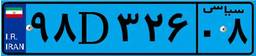
۰۳D۳۸۵۶۷